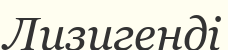
Лизигенді